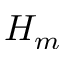
H _ { m }